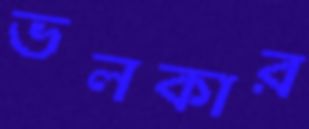
ভলকার